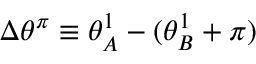
\Delta \theta ^ { \pi } \equiv \theta _ { A } ^ { 1 } - ( \theta _ { B } ^ { 1 } + \pi )